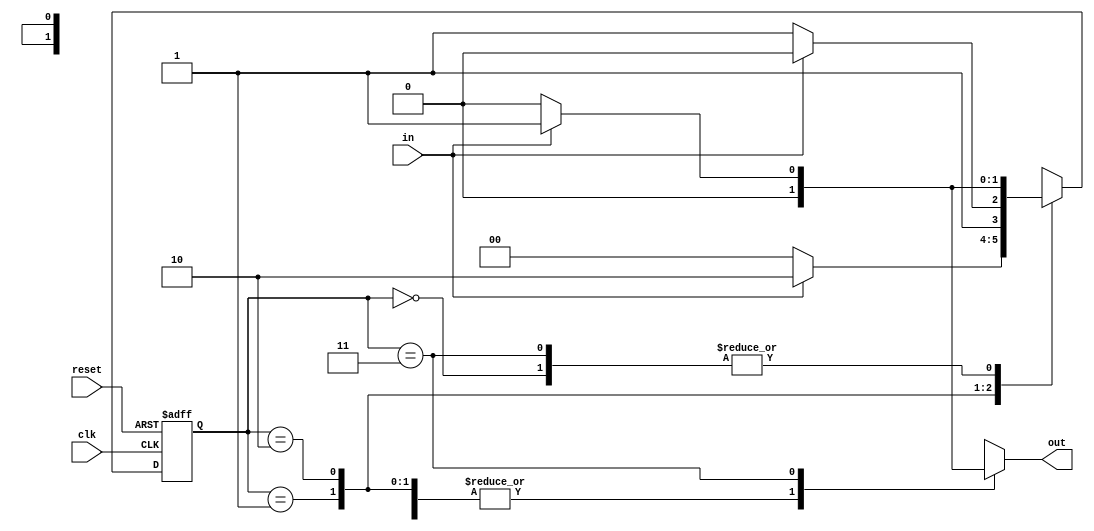
module mealy_ol(
                in                                    ,//input
                clk                                   ,//clock
                reset                                 ,//reset
                out                                    //output
                )                                     ;

//port declaration
input             in, clk, reset                      ;//input declaration
output reg        out                                 ;//output
parameter         S0 = 0 , S1 = 1 , S2 = 2 , S3 = 3   ; //parameter declaration for states
reg         [1:0] present_state,next_state            ;//register declaration for present state and next state

/*State S0 is assigned to present state if the reset is 1 else the next state is assigned to present state*/
always@(posedge clk or posedge reset)
   begin
      if(reset)
         present_state <= S0                          ;// assign S0 to present state
      else    
         present_state <= next_state                  ;// assign next state to present state
   end             

/*Here the states S0, S1, S2, or S3 is assigned according to the input encountered (for the sequence 1101)*/
always@(present_state or in)
   begin      
     case(present_state)    
         S0 : begin
           	  	if (in)
             		next_state  = S1                    ;//assign S1 to next state if 1 is encountered
           		else
             		next_state  = S0                    ;//assign S0 to next state if 0 is encountered
           		out            = 0                     ;//output is 0 untill sequence 1101 is obtained
              end
         S1 : begin 
              	if (in)
             		next_state  = S2                    ;//assign S2 to next state if 1 is encountered
           		else
             		next_state  = S0                    ;//assign S0 to next state if 0 is encountered
           		out            = 0                     ;//output is 0 untill sequence 1101 is obtained
              end
         S2 : begin 
              	if (in)
                  next_state  = S2                    ;//assign S2 to next state if 1 is encountered
           		else
             		next_state  = S3                    ;//assign S3 to next state if 0 is encountered
           		out            = 0                     ;//output is 0 untill sequence 1101 is obtained
              end 
         S3 : begin 
           	  	if (in)
                  begin
             		out          = 1                    ;//output is 1 when sequence 1101 is obtained
                    next_state = S1                   ;//assign S1 to next state if 1 is encountered
                  end
           		else
                  begin
             		out          = 0                    ;//output is 1 when sequence 1101 is obtained
                    next_state = S0                   ;//assign S0 to next state if 0 is encountered
                  end
              end
      endcase
   end

endmodule                                              //end of mealy machine